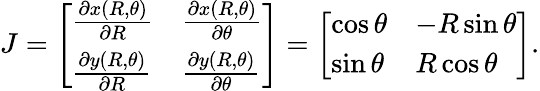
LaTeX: J={\left[\begin{array}{ll}{{\frac{\partial x(R,\theta)}{\partial R}}}&{{\frac{\partial x(R,\theta)}{\partial\theta}}}\\ {{\frac{\partial y(R,\theta)}{\partial R}}}&{{\frac{\partial y(R,\theta)}{\partial\theta}}}\end{array}\right]}={\left[\begin{array}{ll}{\cos\theta}&{-R\sin\theta}\\ {\sin\theta}&{R\cos\theta}\end{array}\right]}.